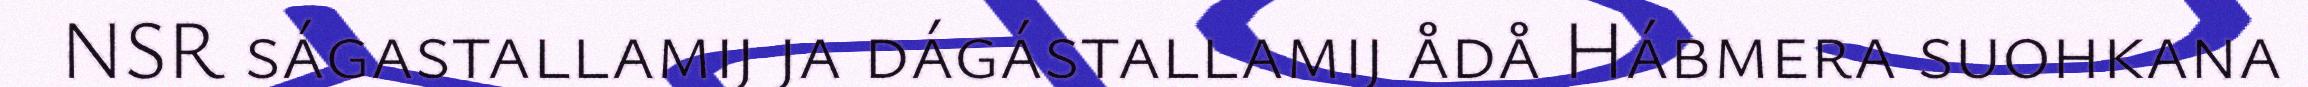
NSR ságastallamij ja dágástallamij ådå Hábmera suohkana